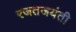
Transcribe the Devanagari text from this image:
रजतजयंती